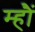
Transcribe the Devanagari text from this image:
म्हौं